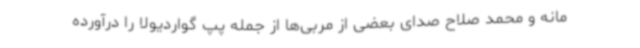
مانه و محمد صلاح صدای بعضی از مربی‌ها از جمله پپ گواردیولا را درآورده